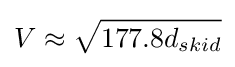
V\approx {\sqrt {177.8d_{skid}}}